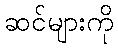
ဆင်များကို